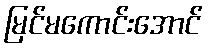
မြင်မကောင်းအောင်